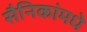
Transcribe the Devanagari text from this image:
सैनिकांमधे